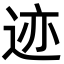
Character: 迹